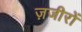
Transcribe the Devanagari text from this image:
ज़जीरों